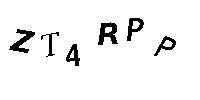
ZT4RPP